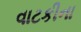
વાટકીના